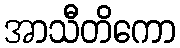
အာသီတိကော